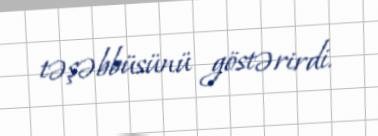
təşəbbüsünü göstərirdi.